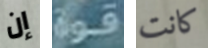
إن قوة كانت